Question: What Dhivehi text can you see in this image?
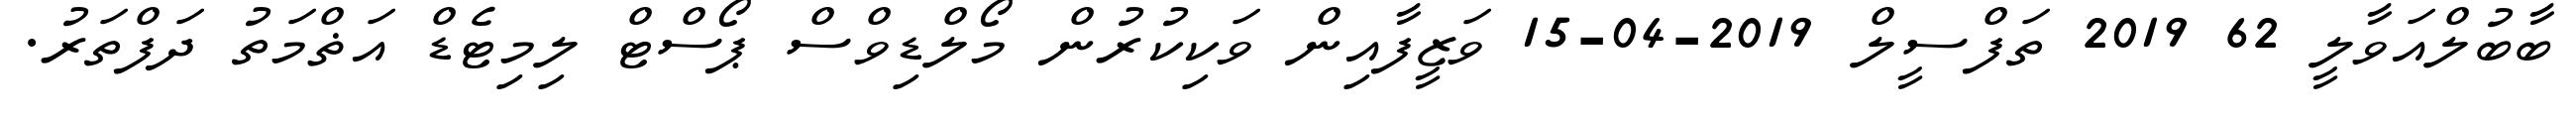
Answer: ބާބުލްއަވާލީ 62 2019 ތަފްސީލް 2019-04-15 ވަޒީފާއިން ވަކިކުރުން މޯލްޑިވްސް ޕޯސްޓް ލިމިޓެޑް އަޡްމަތު ދަފްތަރު.